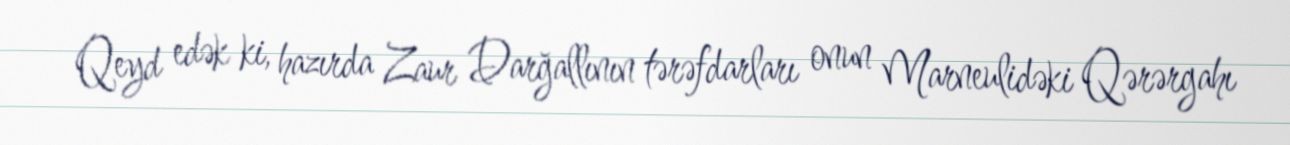
Qeyd edək ki, hazırda Zaur Darğallının tərəfdarları onun Marneulidəki Qərərgahı